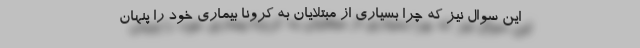
این سوال نیز که چرا بسیاری از مبتلایان به کرونا بیماری خود را پنهان